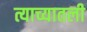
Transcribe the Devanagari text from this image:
त्याच्यातली